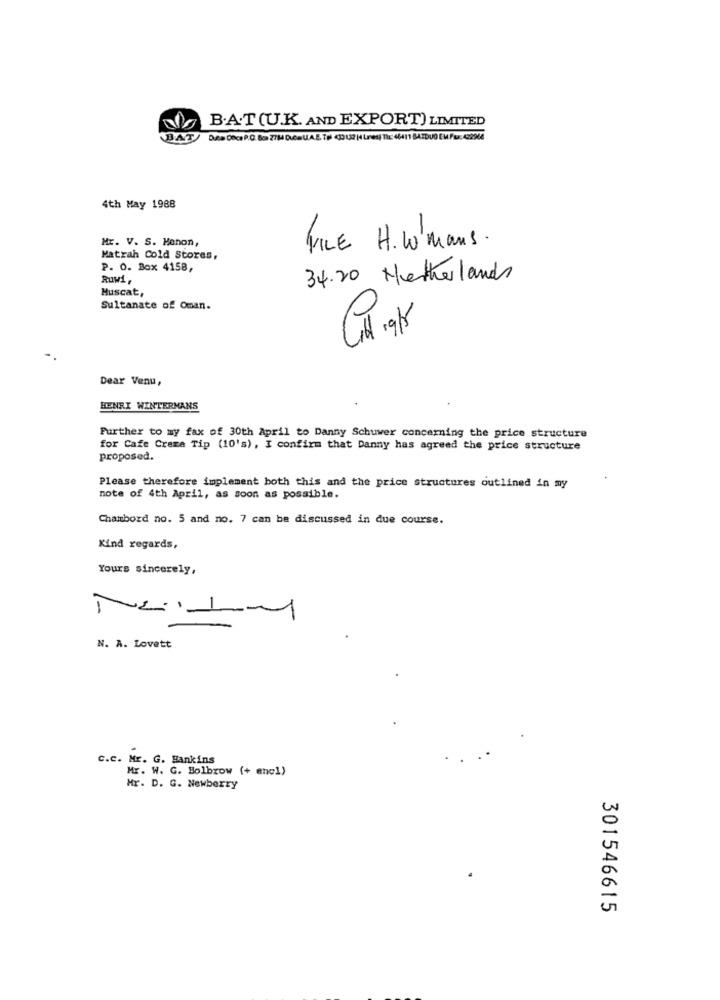
B.A.T(U.K. AND EXPORT) LIMITED
DA .ca Doce P.O. Box 2784 DuCH U.A.E. Tpl 433 132 |4 Lines| Tl: 48411 BATDUO EM Fax: 422944
4th May 1988
Mr. V. S. Menon,
FILE H. W0 mans .
Matrah Cold Stores,
P. O. Box 4158,
Ruwi,
34.20 Netherlands
Muscat,
Sultanate of Oman.
Dear Venu,
HENRI WINTERMANS
Further to my fax of 30th April to Danny Schuwer concerning the price structure
for Cafe Creme Tip (10's) , I confirm that Danny has agreed the price structure
proposed.
Please therefore implement both this and the price structures outlined in my
note of 4th April, as soon as possible.
Chambord no. 5 and no. 7 can be discussed in due course.
Kind regards,
Yours sincerely,
N. A. Lovett
C.c. Mr. G. Bankins
Mr. W. G. Bolbrow (+ encl)
Mr. D. G. Newberry
301546615